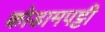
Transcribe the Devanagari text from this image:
कोडामपट्टी